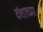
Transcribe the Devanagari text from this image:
वंशाच्य़ा